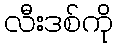
လီးဒစ်ကို